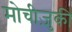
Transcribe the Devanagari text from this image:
मोचीज़ुकी